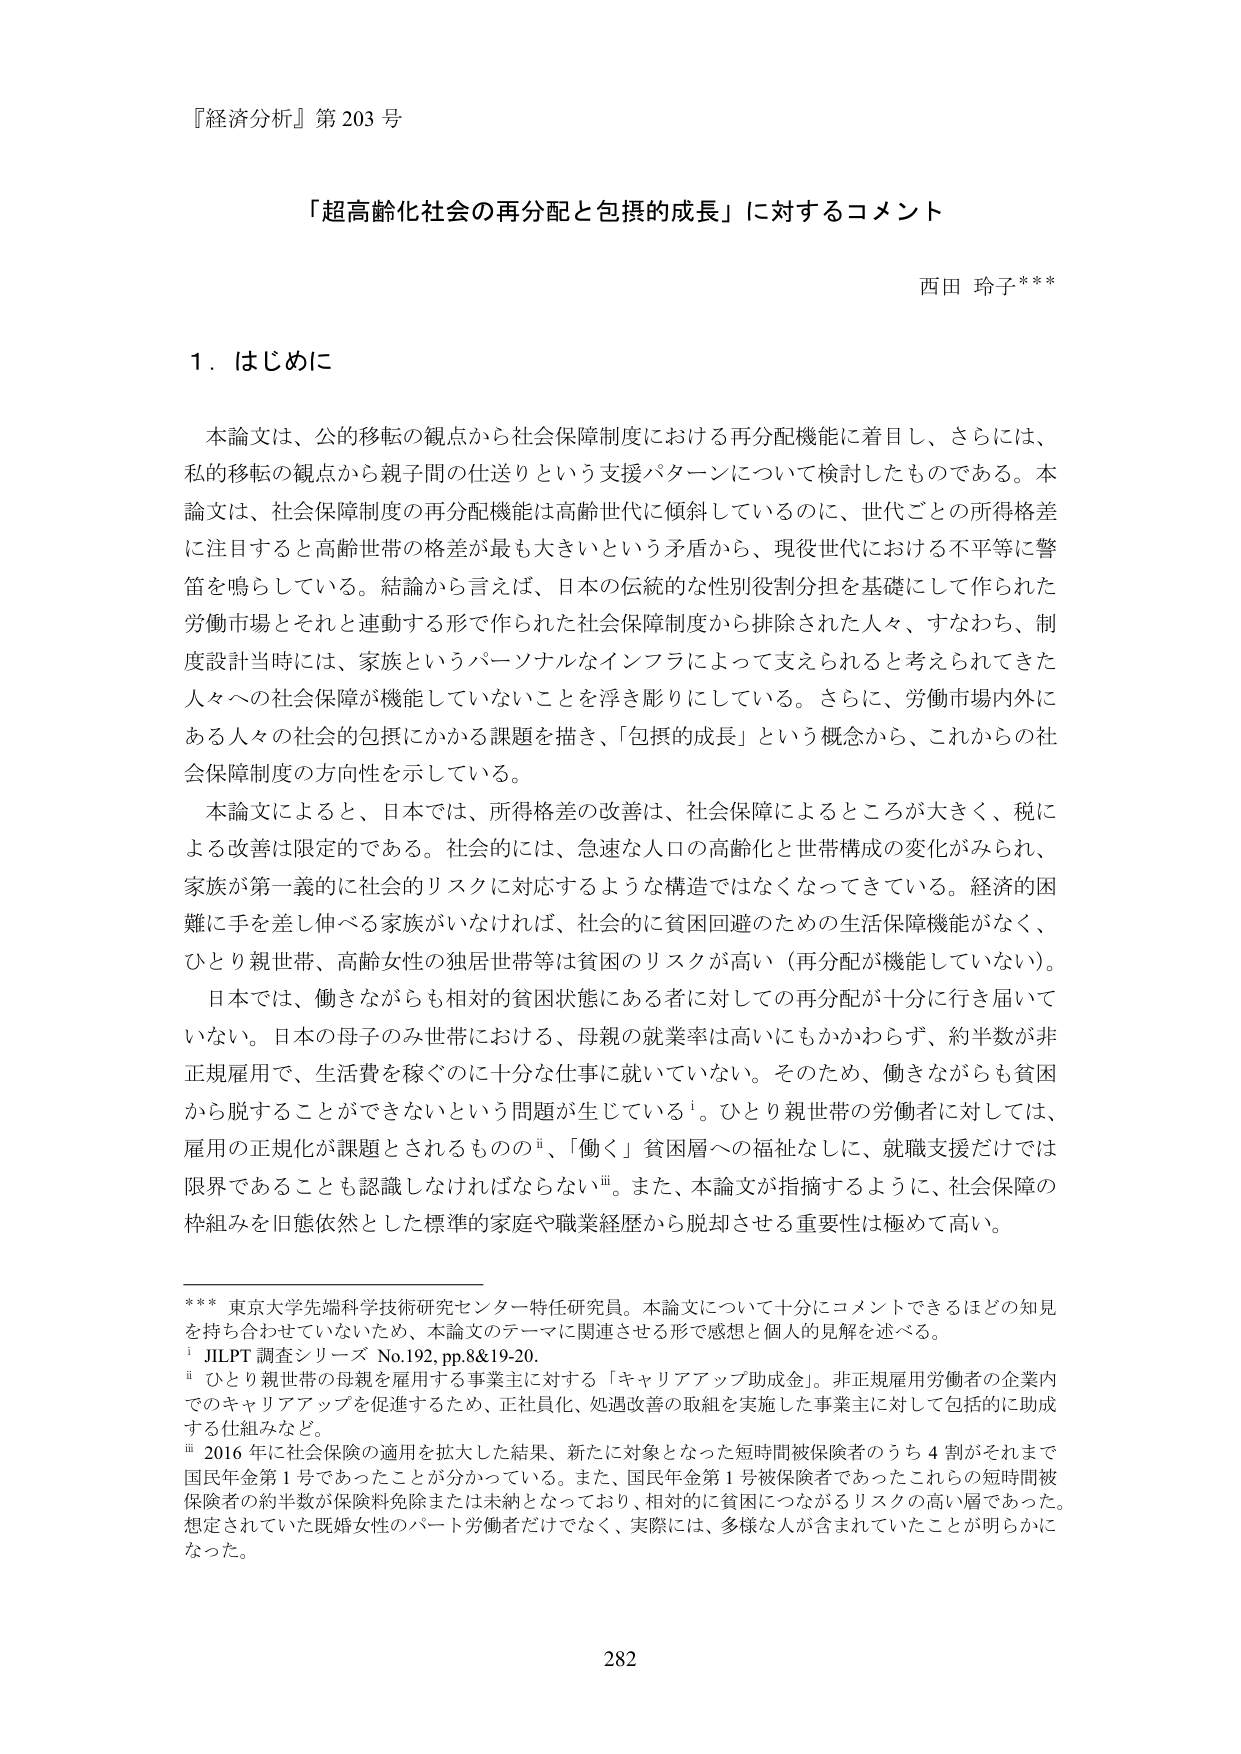
『経済分析』第203号

「超高齢化社会の再分配と包摂的成長」に対するコメント

西田 玲子***

1．はじめに

本論文は、公的移転の観点から社会保障制度における再分配機能に着目し、さらには、私的移転の観点から親子間の仕送りという支援パターンについて検討したものである。本論文は、社会保障制度の再分配機能は高齢世代に傾斜しているのに、世代ごとの所得格差に注目すると高齢世帯の格差が最も大きいという矛盾から、現役世代における不平等に警笛を鳴らしている。結論から言えば、日本の伝統的な性別役割分担を基礎にして作られた労働市場とそれと連動する形で作られた社会保障制度から排除された人々、すなわち、制度設計当時には、家族というパーソナルなインフラによって支えられると考えられてきた人々への社会保障が機能していないことを浮き彫りにしている。さらに、労働市場内外にある人々の社会的包摂にかかる課題を描き、「包摂的成長」という概念から、これからの社会保障制度の方向性を示している。

本論文によると、日本では、所得格差の改善は、社会保障によるところが大きく、税による改善は限定的である。社会的には、急速な人口の高齢化と世帯構成の変化がみられ、家族が第一義的に社会的リスクに対応するような構造ではなくなってきた。経済的困難に手を差し伸べる家族がいなければ、社会的に貧困回避のための生活保障機能がなく、ひとり親世帯、高齢女性の独居世帯等は貧困のリスクが高い（再分配が機能していない）。

日本では、働きながらも相対的貧困状態にある者に対しての再分配が十分に行き届いていない。日本の母子のみ世帯における、母親の就業率は高いにもかかわらず、約半数が非正規雇用で、生活費を稼ぐのに十分な仕事に就いていない。そのため、働きながらも貧困から脱することができないという問題が生じている¹。ひとり親世帯の労働者に対しては、雇用の正規化が課題とされるものの²、「働く」貧困層への福祉なしに、就職支援だけでは限界であることも認識しなければならない³。また、本論文が指摘するように、社会保障の枠組みを旧態依然とした標準的家庭や職業経歴から脱却させる重要性は極めて高い。

*** 東京大学先端科学技術研究センター特任研究員。本論文について十分にコメントできるほどの知見を持ち合わせていないため、本論文のテーマに関連させる形で感想と個人的見解を述べる。

¹ JILPT調査シリーズ No.192, pp.8&19-20.

² ひとり親世帯の母親を雇用する事業主に対する「キャリアアップ助成金」。非正規雇用労働者の企業内でのキャリアアップを促進するため、正社員化、処遇改善の取組を実施した事業主に対して包括的に助成する仕組みなど。

³ 2016年に社会保障の適用を拡大した結果、新たに対象となった短時間被保険者のうち4割がそれまで国民年金第1号であったことが分かっている。また、国民年金第1号被保険者であったこれらの短時間被保険者の約半数が保険料免除または未納となっており、相対的に貧困につながるリスクの高い層であった。想定されていた既婚女性のパート労働者だけでなく、実際には、多様な人が含まれていたことが明らかになった。

282